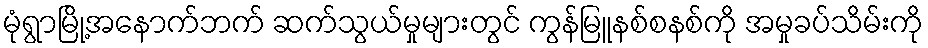
မုံရွာမြို့အနောက်ဘက် ဆက်သွယ်မှုများတွင် ကွန်မြူနစ်စနစ်ကို အမှုခပ်သိမ်းကို